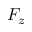
F _ { z }